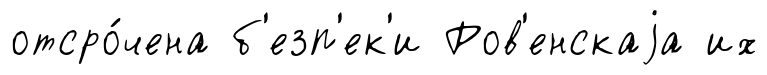
отсро́чена б'езп'ек'и Ров'енскаjа их